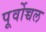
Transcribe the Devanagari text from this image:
पूर्वोच्चल